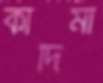
কাদিমা